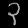
Digit: ၃